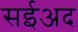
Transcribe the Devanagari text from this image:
सईअद